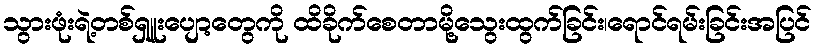
သွားဖုံးရဲ့တစ်ရှူးပျော့တွေကို ထိခိုက်စေတာမို့သွေးထွက်ခြင်း၊ရောင်ရမ်းခြင်းအပြင်